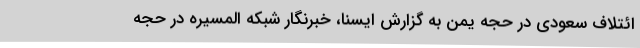
ائتلاف سعودی در حجه یمن به گزارش ایسنا، خبرنگار شبکه المسیره در حجه